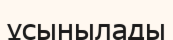
ұсынылады